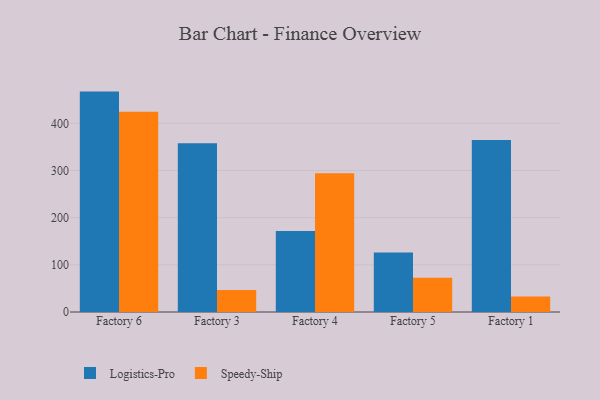
{"axis": {"x": "Factory", "y": "Bounce Rate (%)"}, "legend": ["Logistics-Pro", "Speedy-Ship"], "data": [{"x": "Factory 6", "y": 467.3, "type": "Logistics-Pro"}, {"x": "Factory 6", "y": 424.8, "type": "Speedy-Ship"}, {"x": "Factory 3", "y": 357.9, "type": "Logistics-Pro"}, {"x": "Factory 3", "y": 46.9, "type": "Speedy-Ship"}, {"x": "Factory 4", "y": 171.8, "type": "Logistics-Pro"}, {"x": "Factory 4", "y": 294.0, "type": "Speedy-Ship"}, {"x": "Factory 5", "y": 126.2, "type": "Logistics-Pro"}, {"x": "Factory 5", "y": 72.5, "type": "Speedy-Ship"}, {"x": "Factory 1", "y": 364.8, "type": "Logistics-Pro"}, {"x": "Factory 1", "y": 32.7, "type": "Speedy-Ship"}]}